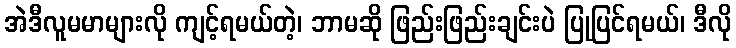
အဲဒီလူမမာများလို ကျင့်ရမယ်တဲ့၊ ဘာမဆို ဖြည်းဖြည်းချင်းပဲ ပြုပြင်ရမယ်၊ ဒီလို